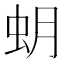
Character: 蚏